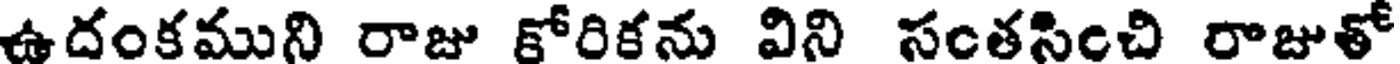
ఉదంకముని రాజు కోరికను విని సంతసించి రాజుతో